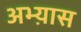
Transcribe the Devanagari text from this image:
अभ्य़ास